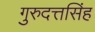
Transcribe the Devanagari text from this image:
गुरुदत्तसिंह